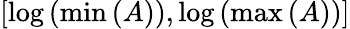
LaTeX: \left[\log\left(\operatorname*{min}\left(A\right)\right),\log\left(\operatorname*{max}\left(A\right)\right)\right]